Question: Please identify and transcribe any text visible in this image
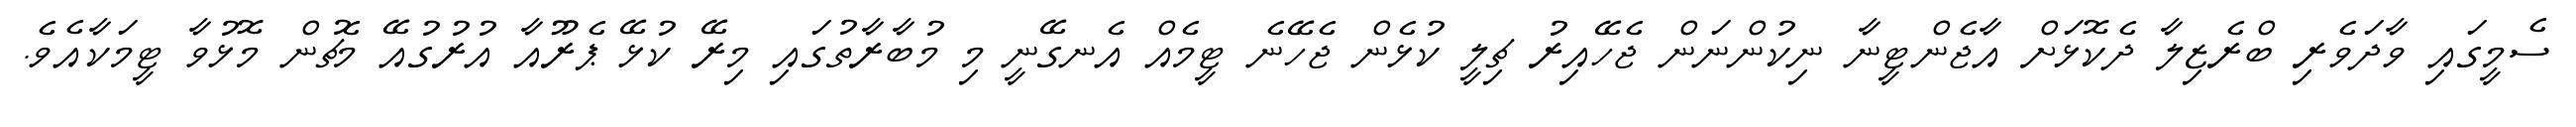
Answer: ސެމީގައި ވާދަވެރި ބްރެޒިލާ ދެކޮޅަށް އާޖެންޓީނާ ނިކުންނަން ޖެހޭއިރު ޗިލީ ކުޅެން ޖެހޭނެ ޓީމެއް އެނގޭނީ މި މުބާރާތުގައި މިރޭ ކުޅޭ ޕެރޫއާ އުރުގުއޭ މެޗުން މޮޅުވާ ޓީމަކާއެވެ.